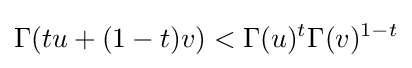
\Gamma (tu+(1-t)v)<\Gamma (u)^{t}\Gamma (v)^{1-t}